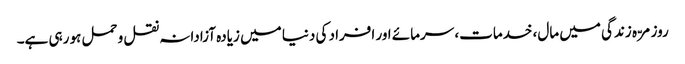
روزمرّہ زندگی میں مال، خدمات، سرمائے اور افراد کی دنیا میں زیادہ آزادانہ نقل و حمل ہو رہی ہے۔